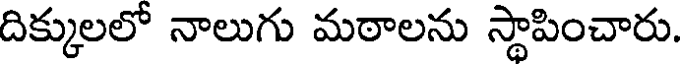
దిక్కులలో నాలుగు మఠాలను స్థాపించారు.